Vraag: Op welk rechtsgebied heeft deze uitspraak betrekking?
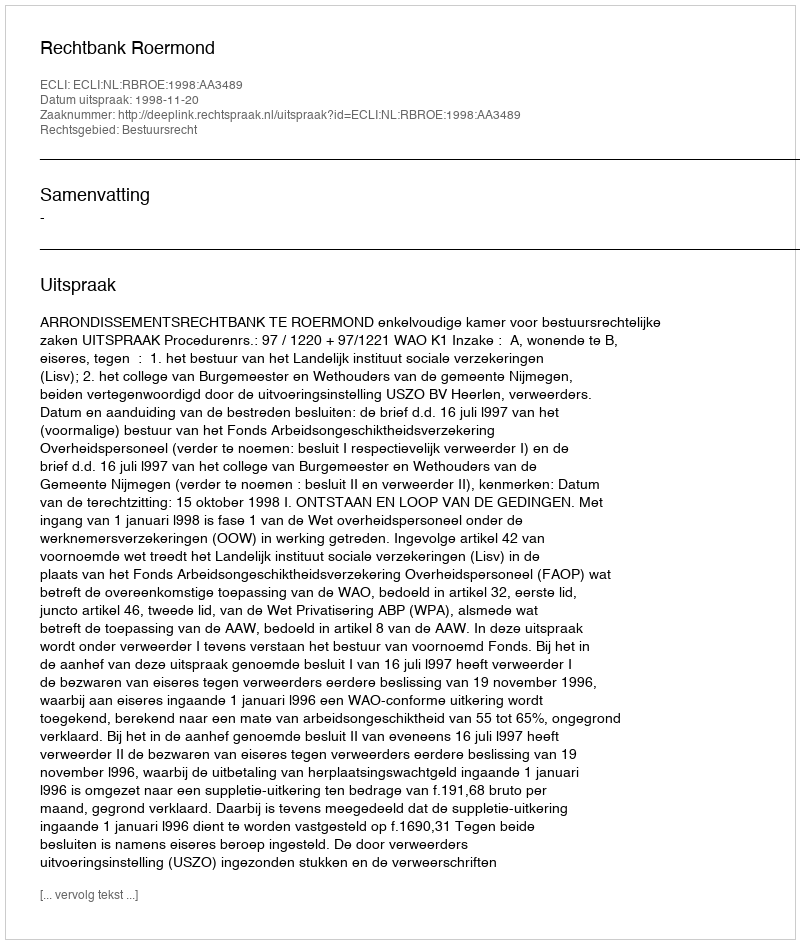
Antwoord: Bestuursrecht